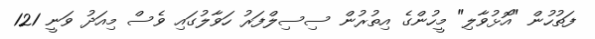
ފަތުހުން "އޮޅުވާލި" މީހުންގެ އިތުރުން ސިސިލްފަރު ހަވާލުގައި ވެސް މިއަދު ވަނީ 121